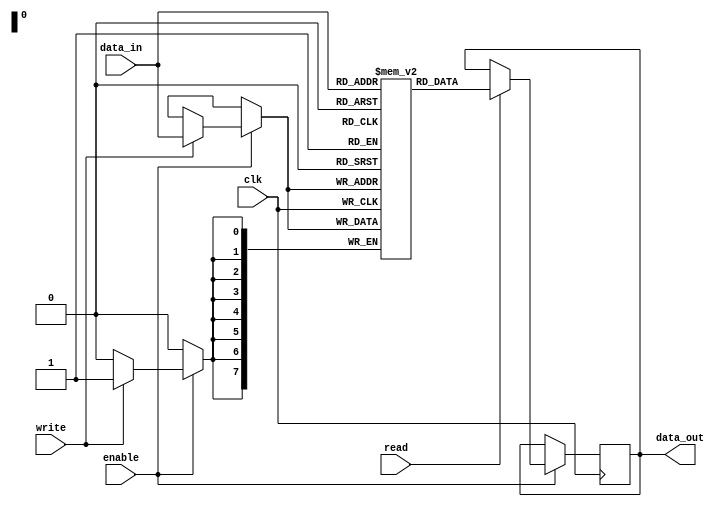
module memory_block (
    input wire clk,
    input wire enable,
    input wire [7:0] data_in,
    output reg [7:0] data_out,
    input wire read,
    input wire write
);
    reg [7:0] memory [0:255]; // Example memory size of 256 bytes

    always @(posedge clk) begin
        if (enable) begin
            if (write) begin
                memory[data_in[7:0]] <= data_in; // Write operation
            end
            if (read) begin
                data_out <= memory[data_in[7:0]]; // Read operation
            end
        end
    end
endmodule